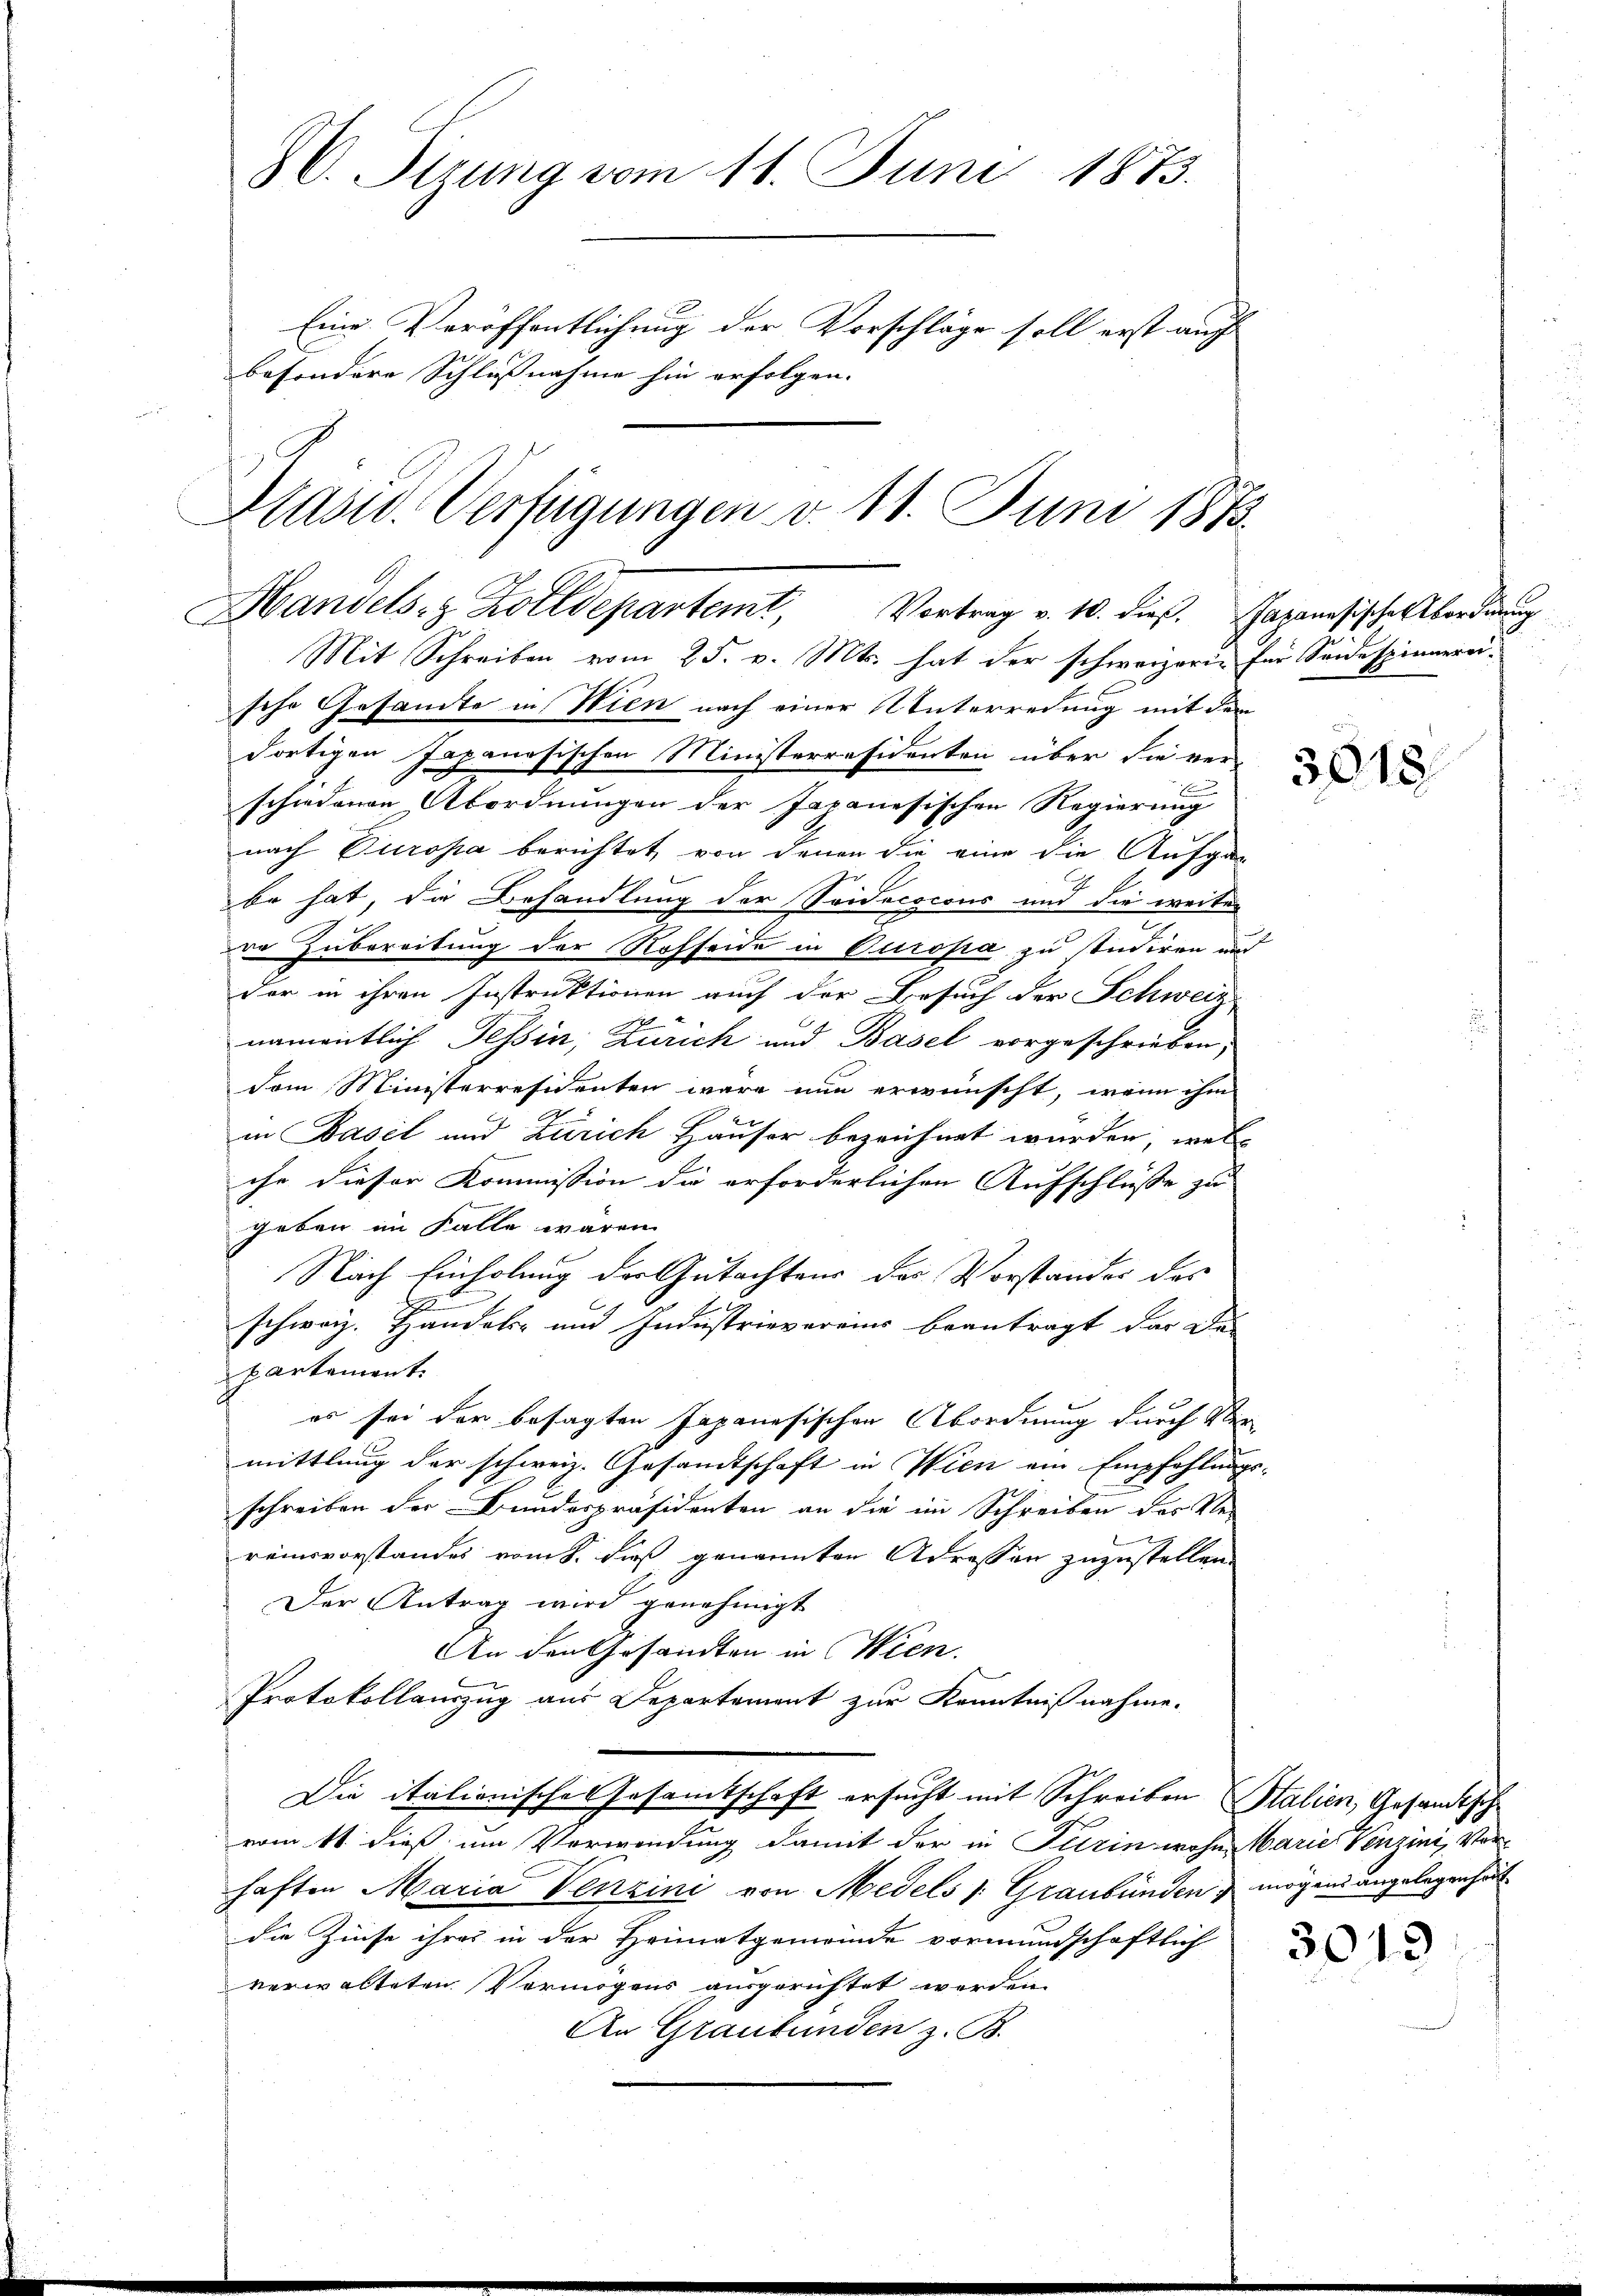
. Pirung vom 11. Juni 1873.
Eine Veröffentlichung der Vorschläge soll erst auch
besondere Schlußnahme hin erfolgen. |
Plast. Verfügungen v. 11. Juni 1873.

Handels- & Zolldepartemt, Vortrag v. 10. dieß. Hagenesische Abordnung
Mit Schreiben vom 25. v. Mts. hat der schweizerin für Seidespinnerei-

sche Gesamte in Wien nach einer Unterredung mit dem
dortigen Japanösischen Ministerräsidenten über die ver-
F
schiedenen Abordnungen der Japanesischen Regierung
nach Europa berichtet von denen die eine die Aufgan
be hat, die Behandlung der Seidecocons und die weiter
re Zubereitung der Rohseide in Europa zu studiren und
der in ihren Instruktionen auch der Besuch der Schweiz
namentlich Tessin, Zürich und Basel vorgeschrieben,
dem Ministerresidenten wäre nun erwünscht, wenn ihm
2
in Basel und Zürich Häuser bezeichnet wurden, wel
che dieser Kommission die erforderlichen Aufschlüsse zu
geben im Falle wären
Nach Einholung der Gutachtens des Vorstandes des
.
schweiz. Handels- und Industrievereins beantragt dar De-
partement.
es sei der besagten Japanesischen Abordnung durch Vermittlung der schweiz. Gesandtschaft in Wien ein Empfehlungs-
schreiben der Bundespräsidenten an die im Schreiben des Ver
reinsvorstandes vom 8. dieß genannten Adressen zuzustellen.
Der Antrag wird genehmigt
An den Gesandten in Wien.
Protokollauszug aus Departement zur Kenntnißnahme.
Die italionische Gesamtschaft ersucht mit Schreiben Stalien, Gesandtsch
vom 11. dieß um Verwendung damit der in Turin wohne Marie Verzini, Vorhaften Maria Venzini von Medels ; Graubünden mögens angelegen hät
die Zinse ihres in der Heimatgemeinde vormundschaftlich
verwalteten Vermögens ausgerichtet werden,
An Graubünden z. B.

3618.

3019